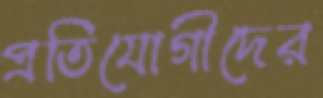
প্রতিযোগীদের